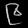
Digit: ၉